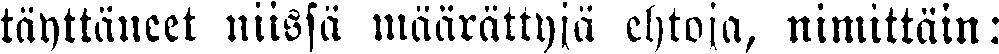
täyttäneet niissä määrättyjä ehtoja, nimittäin: